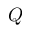
Q